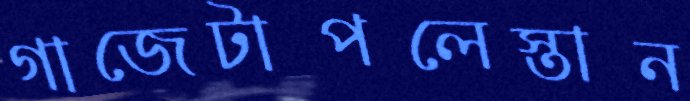
গাজেটাপলেস্তান